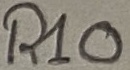
Text: R10